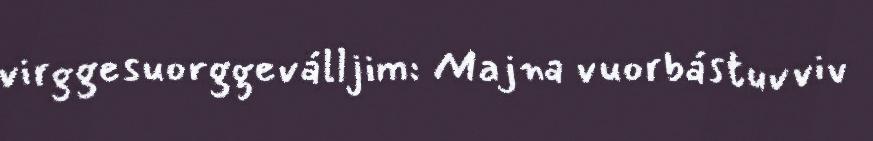
virggesuorggeválljim: Majna vuorbástuvviv